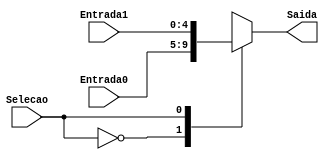
module MuxReg(Entrada0, Entrada1, Selecao, Saida);

	input [4:0] Entrada0, Entrada1;
	input Selecao;
	output reg [4:0] Saida;

	always @(*) begin
		case (Selecao)
			0: Saida = Entrada0;
			1: Saida = Entrada1;
		endcase
	end

endmodule